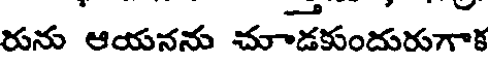
రును ఆయనను చూడకుందురుగాక